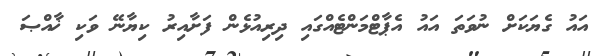
އައު ގެޔަކަށް ނުވަތަ އައު އެޕާޓްމަންޓެއްގައި ދިރިއުޅެން ފަށާއިރު ކިޔާނޭ ވަކި ޚާއްޞަ